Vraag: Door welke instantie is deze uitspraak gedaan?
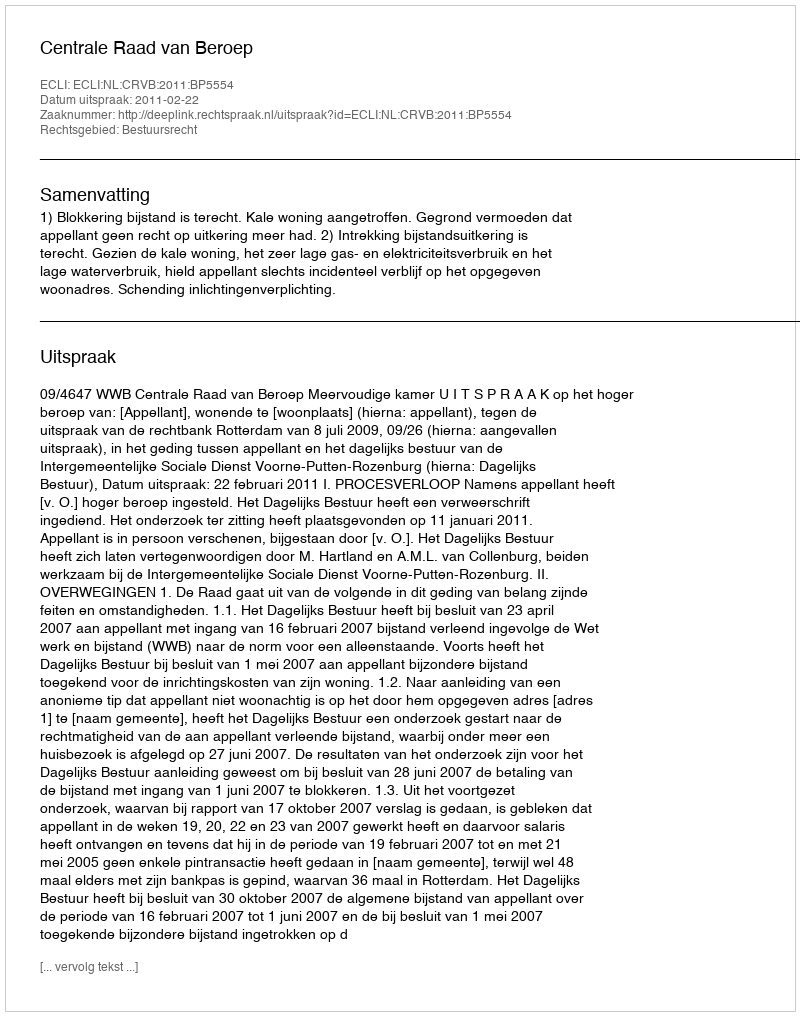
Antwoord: Centrale Raad van Beroep